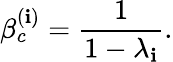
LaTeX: \beta_{c}^{(\mathbf{i})}=\frac{{1}}{{1-\lambda_{\mathbf{i}}}}.